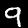
Digit: 9